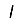
Digit: 1